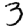
Digit: 3